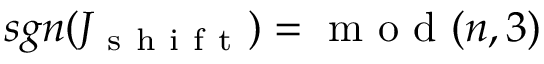
s g n ( J _ { \mathrm { ~ s ~ h ~ i ~ f ~ t ~ } } ) = \mathrm { ~ m ~ o ~ d ~ } ( n , 3 )